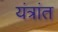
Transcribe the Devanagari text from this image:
यंत्रांत